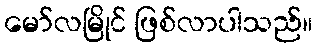
မော်လမြိုင် ဖြစ်လာပါသည်။